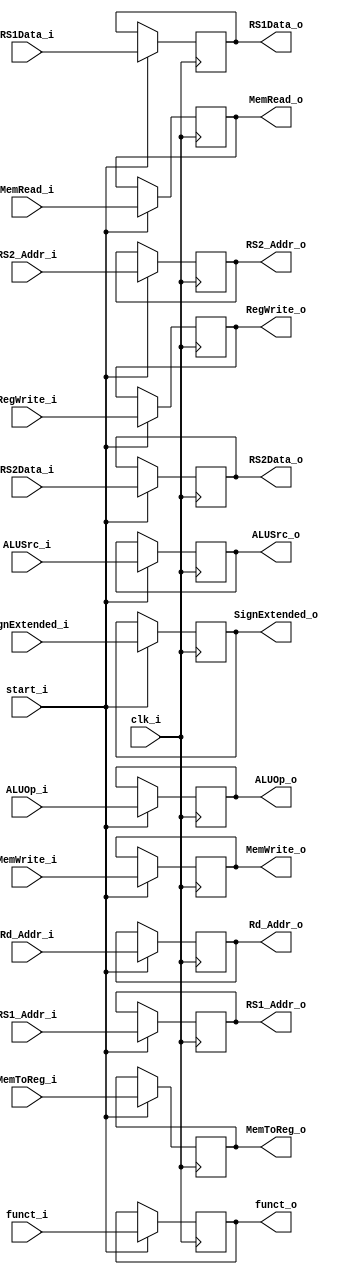
module Register_IDEX (
	clk_i, 
	start_i,

	// Instruction Data & Immediate & funct & Instruction Address 
	RS1Data_i, 
	RS2Data_i,
	SignExtended_i,	
	funct_i,		// 10bits instr[31:25,14:12]	funct 3 and funct 7	 
	RS1_Addr_i,		// 5 bits instr[19:15]			rs1 					
	RS2_Addr_i,		// 5 bits instr[24:20]			rs2 					
	Rd_Addr_i,		// 5 bits instr[11:7]			rd

	RS1Data_o,
	RS2Data_o,
	SignExtended_o,
	funct_o,
	RS1_Addr_o,		
	RS2_Addr_o,
	Rd_Addr_o,

	// Control 
	RegWrite_i,	
	MemToReg_i,	
	MemRead_i,	
	MemWrite_i,	
	ALUOp_i,	//2 bits
	ALUSrc_i,	

	RegWrite_o,
	MemToReg_o,
	MemRead_o,
	MemWrite_o,
	ALUOp_o,
	ALUSrc_o
);

input clk_i, start_i;
input [31:0] RS1Data_i, RS2Data_i, SignExtended_i;
input [9:0] funct_i;
input [4:0] RS1_Addr_i, RS2_Addr_i,Rd_Addr_i;

input [1:0] ALUOp_i;
input RegWrite_i, MemToReg_i, MemRead_i, MemWrite_i, ALUSrc_i;	

output [31:0] RS1Data_o, RS2Data_o, SignExtended_o;
output [9:0] funct_o;
output [4:0] RS1_Addr_o, RS2_Addr_o,Rd_Addr_o;

output [1:0] ALUOp_o;
output RegWrite_o, MemToReg_o, MemRead_o, MemWrite_o, ALUSrc_o;	

reg [31:0] RS1Data_o, RS2Data_o, SignExtended_o;
reg [9:0] funct_o;
reg [4:0] RS1_Addr_o, RS2_Addr_o,Rd_Addr_o;

reg [1:0] ALUOp_o;
reg RegWrite_o, MemToReg_o, MemRead_o, MemWrite_o, ALUSrc_o;	

always @(posedge clk_i) begin
	if (start_i) begin 
		RS1Data_o 		    <= RS1Data_i;
		RS2Data_o 		    <= RS2Data_i;
		SignExtended_o 	    <= SignExtended_i;
		RS1_Addr_o			<= RS1_Addr_i;
		RS2_Addr_o			<= RS2_Addr_i;
		funct_o				<= funct_i;
		Rd_Addr_o       	<= Rd_Addr_i;
	
		RegWrite_o          <= RegWrite_i; 
		MemToReg_o          <= MemToReg_i;
		MemRead_o           <= MemRead_i; 
		MemWrite_o          <= MemWrite_i;
		ALUOp_o             <= ALUOp_i;
		ALUSrc_o            <= ALUSrc_i;

	end 
	else begin
		RS1Data_o 		    <= RS1Data_o;
		RS2Data_o 		    <= RS2Data_o;
		SignExtended_o 	    <= SignExtended_o;
		RS1_Addr_o			<= RS1_Addr_o;
		RS2_Addr_o			<= RS2_Addr_o;
		funct_o				<= funct_o;
		Rd_Addr_o           <= Rd_Addr_o;
	
		RegWrite_o          <= RegWrite_o; 
		MemToReg_o          <= MemToReg_o;
		MemRead_o           <= MemRead_o; 
		MemWrite_o          <= MemWrite_o;
		ALUOp_o             <= ALUOp_o;
		ALUSrc_o            <= ALUSrc_o;
	end 
end

endmodule